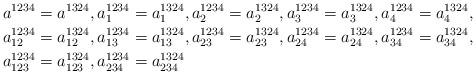
LaTeX: \begin{align*}a^{1234} & =a^{1324},a_{1}^{1234}=a_{1}^{1324},a_{2}^{1234}=a_{2}^{1324},a_{3}^{1234}=a_{3}^{1324},a_{4}^{1234}=a_{4}^{1324},\\a_{12}^{1234} & =a_{12}^{1324},a_{13}^{1234}=a_{13}^{1324},a_{23}^{1234}=a_{23}^{1324},a_{24}^{1234}=a_{24}^{1324},a_{34}^{1234}=a_{34}^{1324},\\a_{123}^{1234} & =a_{123}^{1324},a_{234}^{1234}=a_{234}^{1324}\end{align*}